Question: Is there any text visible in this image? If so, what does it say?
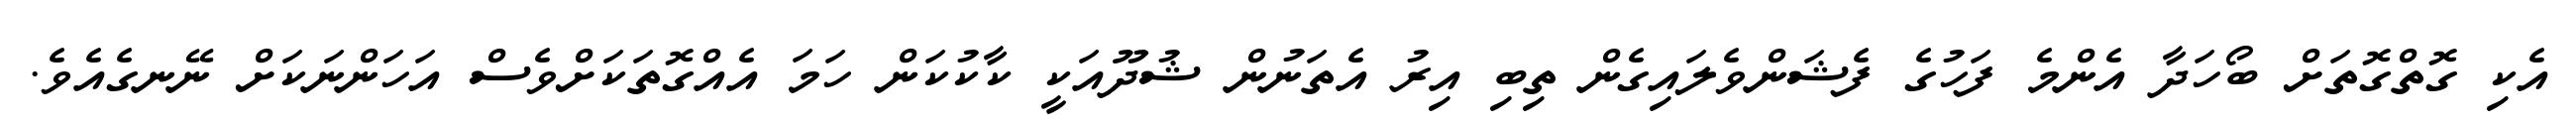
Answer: އެކި ގޮތްގޮތަށް ބޯހަދާ އެންމެ ފަހުގެ ފެޝަންވެލައިގެން ތިބި އިރު އެތަނުން ޝުދޫއަކީ ކާކުކަން ހަމަ އެއްގޮތަކަށްވެސް އަހަންނަކަށް ނޭނގެއެވެ.